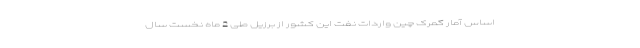
اساس آمار گمرک چین واردات نفت این کشور از برزیل طی 2 ماه نخست سال